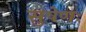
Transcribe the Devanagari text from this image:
सुषेणः